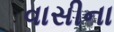
વાસીના